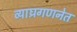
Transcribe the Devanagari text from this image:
व्याघ्रगणनेत